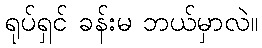
ရုပ်ရှင် ခန်းမ ဘယ်မှာလဲ။